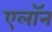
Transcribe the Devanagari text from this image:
एलॉन